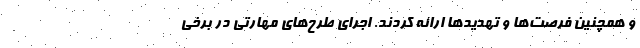
و همچنین فرصت‌ها و تهدیدها ارائه کردند. اجرای طرح‌های مهارتی در برخی